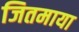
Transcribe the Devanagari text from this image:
जितमाया